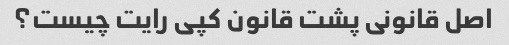
اصل قانونی پشت قانون کپی رایت چیست؟